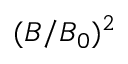
( B / B _ { 0 } ) ^ { 2 }